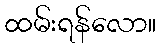
ထမ်းရန်လော။